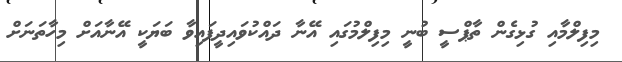
މިފިލްމާއި ގުޅިގެން ތާޕްސީ ބުނީ މިފިލްމުގައި އޭނާ ދައްކުވައިދީފައިވާ ބަޔަކީ އޭނާއަށް މިހާތަނަށް